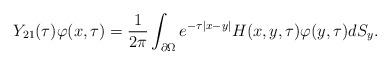
LaTeX: \begin{align*}Y_{21}(\tau)\varphi(x,\tau)=\frac{1}{2\pi}\int_{\partial\Omega}e^{-\tau\vert x-y\vert}H(x,y,\tau)\varphi(y,\tau)dS_y.\end{align*}